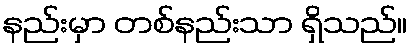
နည်းမှာ တစ်နည်းသာ ရှိသည်။